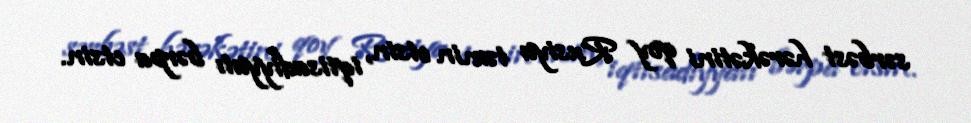
sərbəst hərəkətini qoy Rusiya təmin etsin, iqtisadiyyatı bərpa etsin.